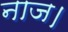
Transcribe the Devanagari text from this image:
नाज।